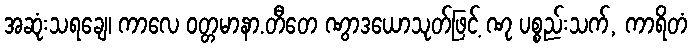
အဆုံးသရချေ၊ ကာလေ ဝတ္တမာနာ.တီတေ ဏွာဒယောသုတ်ဖြင့် ဏု ပစ္စည်းသက်, ကာရိတံ